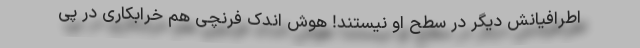
اطرافیانش دیگر در سطح او نیستند! هوش اندک فرنچی هم خرابکاری در پی